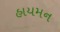
હાયમન